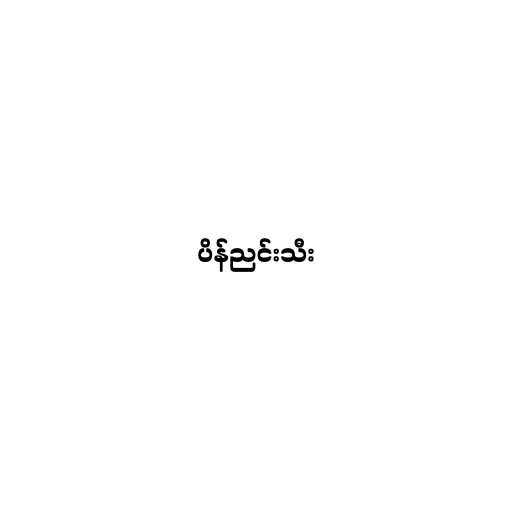
ပိန်ညင်းသီး